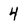
Character: 4